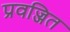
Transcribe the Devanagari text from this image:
प्रवज्जित